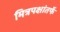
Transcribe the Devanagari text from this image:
मित्रपक्षांतर्फे